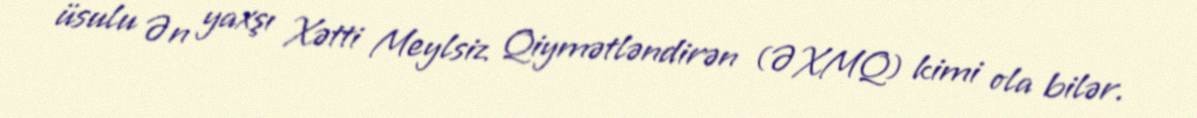
üsulu Ən yaxşı Xətti Meylsiz Qiymətləndirən (ƏXMQ) kimi ola bilər.